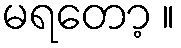
မရတော့ ။